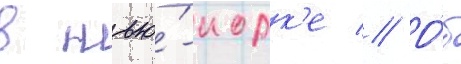
в нью́-иорк'е // О́б